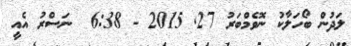
ލަދުން ބޯހަލާކު ނޮވެމްބަރު 27